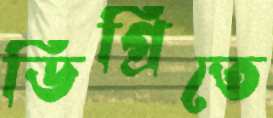
ডিগ্রিতে